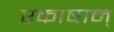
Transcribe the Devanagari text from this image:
एकाषाम्